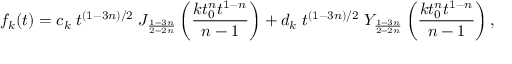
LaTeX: f _ { k } ( t ) = c _ { k } \; t ^ { ( 1 - 3 n ) / 2 } \; J _ { \frac { 1 - 3 n } { 2 - 2 n } } \left( \frac { k t _ { 0 } ^ { n } t ^ { 1 - n } } { n - 1 } \right) + d _ { k } \; t ^ { ( 1 - 3 n ) / 2 } \; Y _ { \frac { 1 - 3 n } { 2 - 2 n } } \left( \frac { k t _ { 0 } ^ { n } t ^ { 1 - n } } { n - 1 } \right) ,